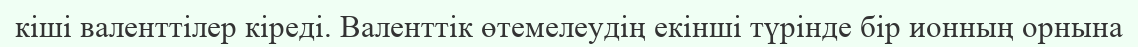
кіші валенттілер кіреді. Валенттік өтемелеудің екінші түрінде бір ионның орнына